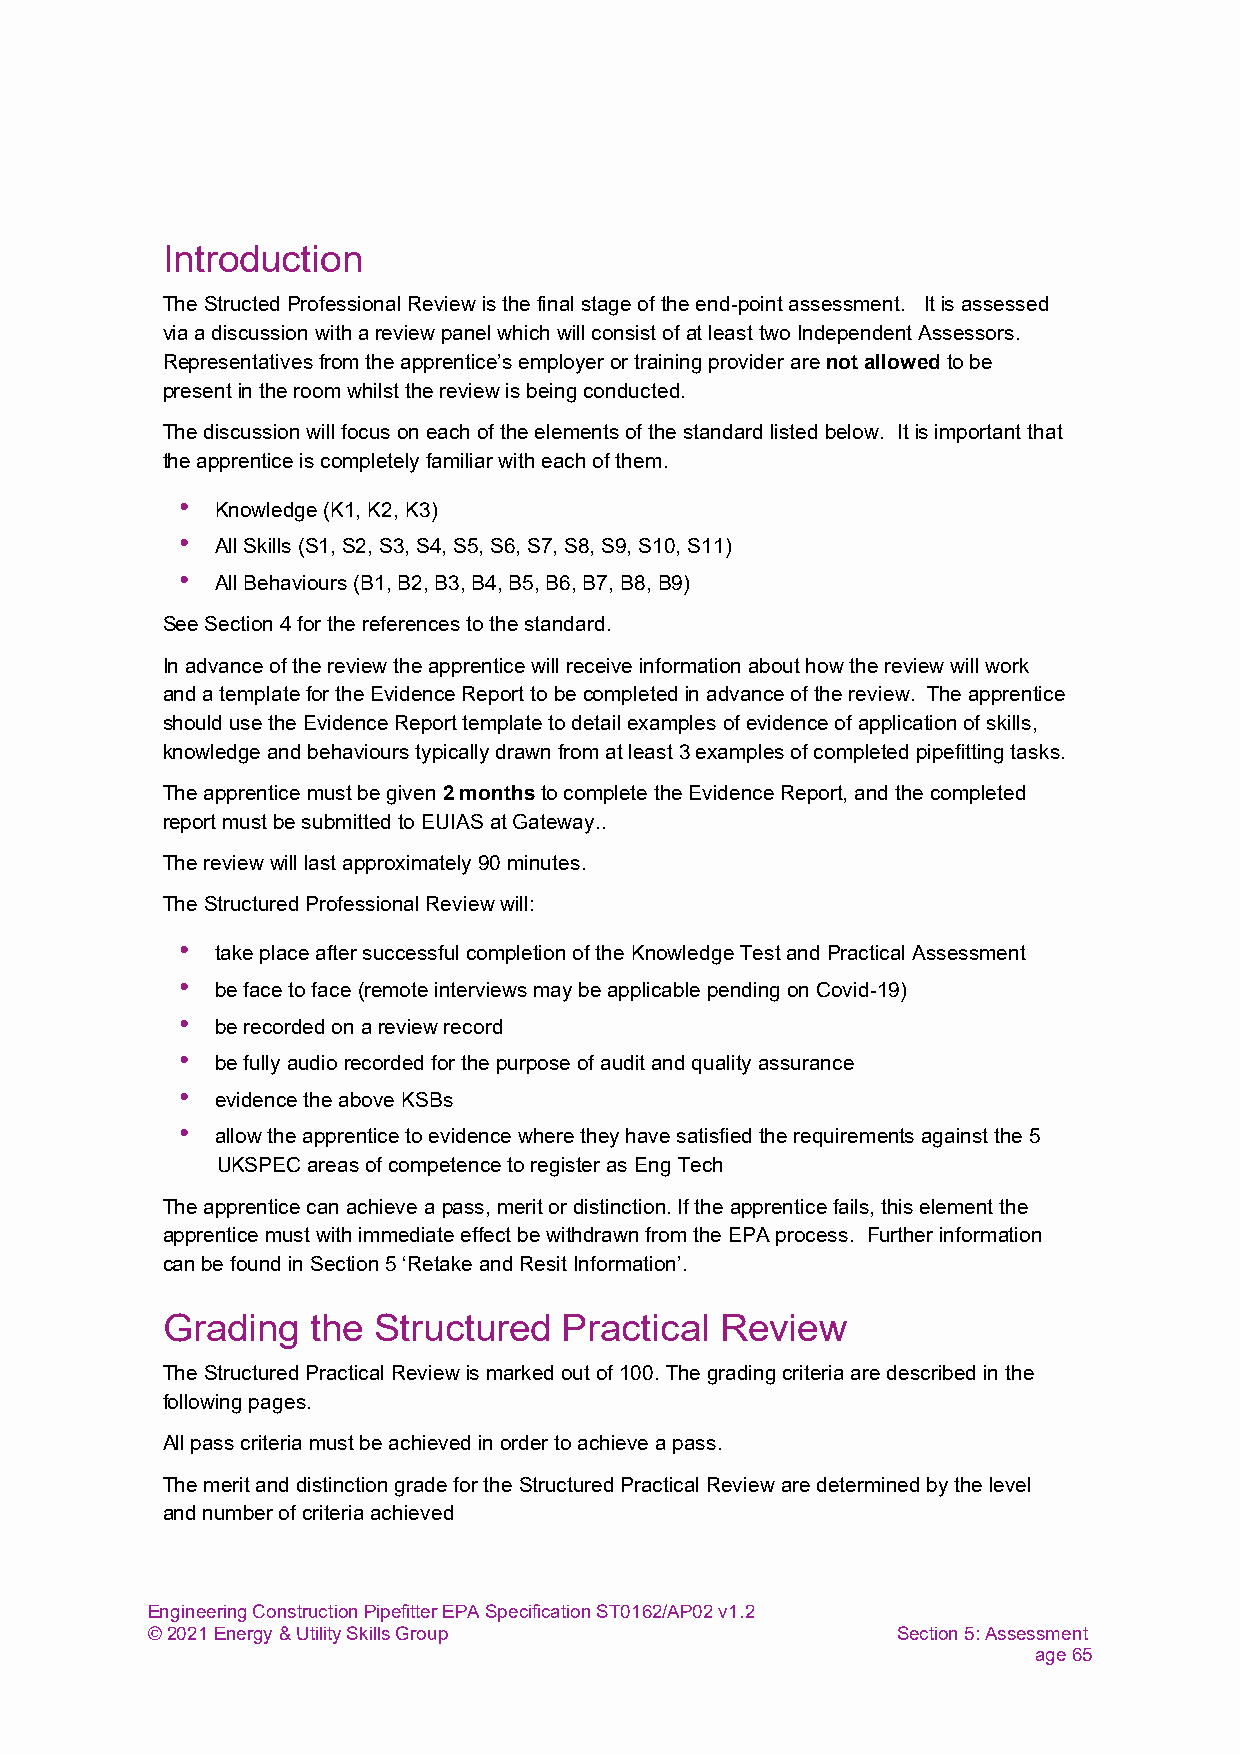
Introduction
 The Structed Professional Review is the final stage of the end-point assessment. It is assessed
 via a discussion with a review panel which will consist of at least two Independent Assessors.
 Representatives from the apprentice’s employer or training provider are not allowed to be
 present in the room whilst the review is being conducted.
 The discussion will focus on each of the elements of the standard listed below. It is important that
 the apprentice is completely familiar with each of them.
 • Knowledge (K1, K2, K3)
 • All Skills (S1, S2, S3, S4, S5, S6, S7, S8, S9, S10, S11)
 • All Behaviours (B1, B2, B3, B4, B5, B6, B7, B8, B9)
 See Section 4 for the references to the standard.
 In advance of the review the apprentice will receive information about how the review will work
 and a template for the Evidence Report to be completed in advance of the review. The apprentice
 should use the Evidence Report template to detail examples of evidence of application of skills,
 knowledge and behaviours typically drawn from at least 3 examples of completed pipefitting tasks.
 The apprentice must be given 2 months to complete the Evidence Report, and the completed
 report must be submitted to EUIAS at Gateway..
 The review will last approximately 90 minutes.
 The Structured Professional Review will:
 • take place after successful completion of the Knowledge Test and Practical Assessment
 • be face to face (remote interviews may be applicable pending on Covid-19)
 • be recorded on a review record
 • be fully audio recorded for the purpose of audit and quality assurance
 • evidence the above KSBs
 • allow the apprentice to evidence where they have satisfied the requirements against the 5
 UKSPEC areas of competence to register as Eng Tech
 The apprentice can achieve a pass, merit or distinction. If the apprentice fails, this element the
 apprentice must with immediate effect be withdrawn from the EPA process. Further information
 can be found in Section 5 ‘Retake and Resit Information’.
 Grading   the Structured  Practical  Review
 The Structured Practical Review is marked out of 100. The grading criteria are described in the
 following pages.
 All pass criteria must be achieved in order to achieve a pass.
 The merit and distinction grade for the Structured Practical Review are determined by the level
 and number of criteria achieved
 Engineering Construction Pipefitter EPA Specification ST0162/AP02 v1.2
 © 2021 Energy & Utility Skills Group             Section 5: Assessment
 age 65